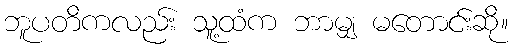
ဘူပတိကလည်း သူ့ထံက ဘာမျှ မတောင်းဆို။